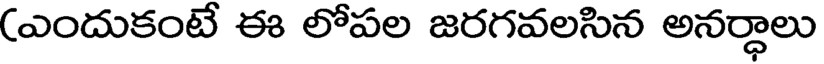
(ఎందుకంటే ఈ లోపల జరగవలసిన అనర్ధాలు